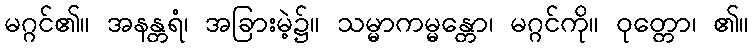
မဂ္ဂင်၏။ အနန္တရံ၊ အခြားမဲ့၌။ သမ္မာကမ္မန္တော၊ မဂ္ဂင်ကို။ ဝုတ္တော၊ ၏။